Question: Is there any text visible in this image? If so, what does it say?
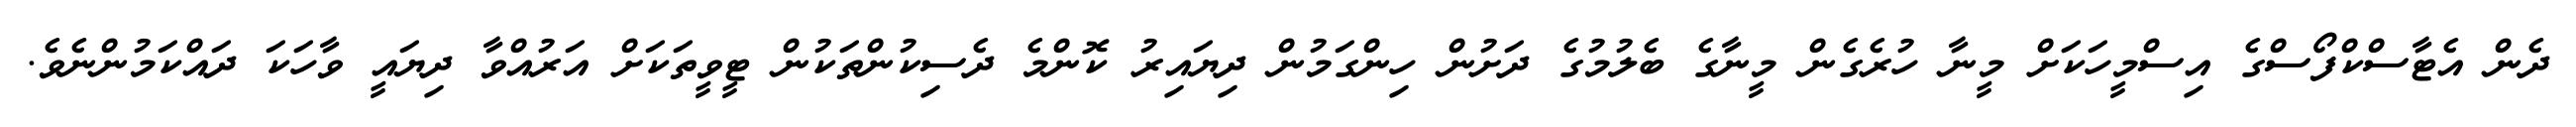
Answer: ދެން އެޓާސްކްފޯސްގެ އިސްމީހަކަށް މީނާ ހުރެގެން މީނާގެ ބެލުމުގެ ދަށުން ހިންގަމުން ދިޔައިރު ކޮންމެ ދެސިކުންތަކުން ޓީވީތަކަށް އަރުއްވާ ދިޔައީ ވާހަކަ ދައްކަމުންނެވެ.